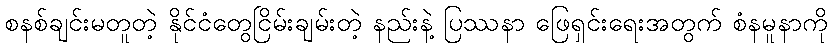
စနစ်ချင်းမတူတဲ့ နိုင်ငံတွေငြိမ်းချမ်းတဲ့ နည်းနဲ့ ပြဿနာ ဖြေရှင်းရေးအတွက် စံနမူနာကို